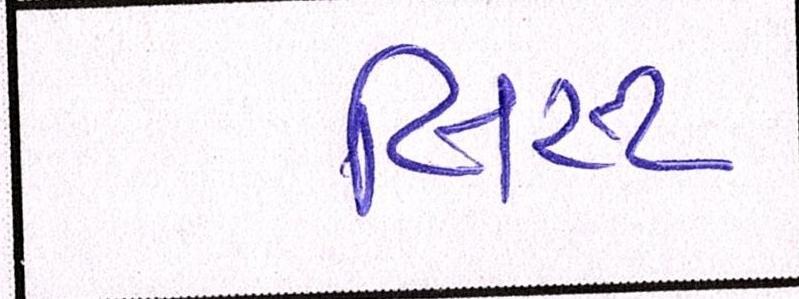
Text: લિસ્ટ